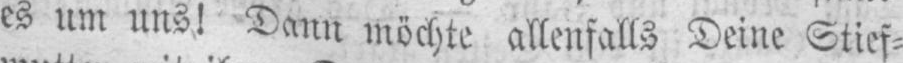
es um uns! Dann möchte allenfalls Deine Stief⸗